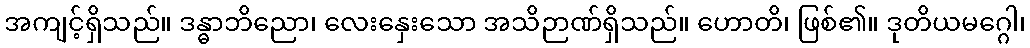
အကျင့်ရှိသည်။ ဒန္ဓာဘိညော၊ လေးနှေးသော အသိဉာဏ်ရှိသည်။ ဟောတိ၊ ဖြစ်၏။ ဒုတိယမဂ္ဂေါ၊